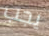
يجب